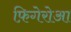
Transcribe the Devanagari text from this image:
फ़िगेरोआ